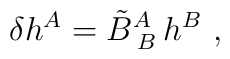
\delta h^A= \tilde B^A_{\;B}\, h^B \ ,